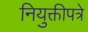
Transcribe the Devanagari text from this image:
नियुक्तीपत्रे